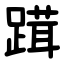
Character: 䠜